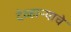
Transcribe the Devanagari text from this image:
देव्हाऱ्याचे